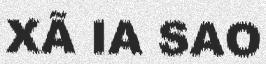
XÃ IA SAO